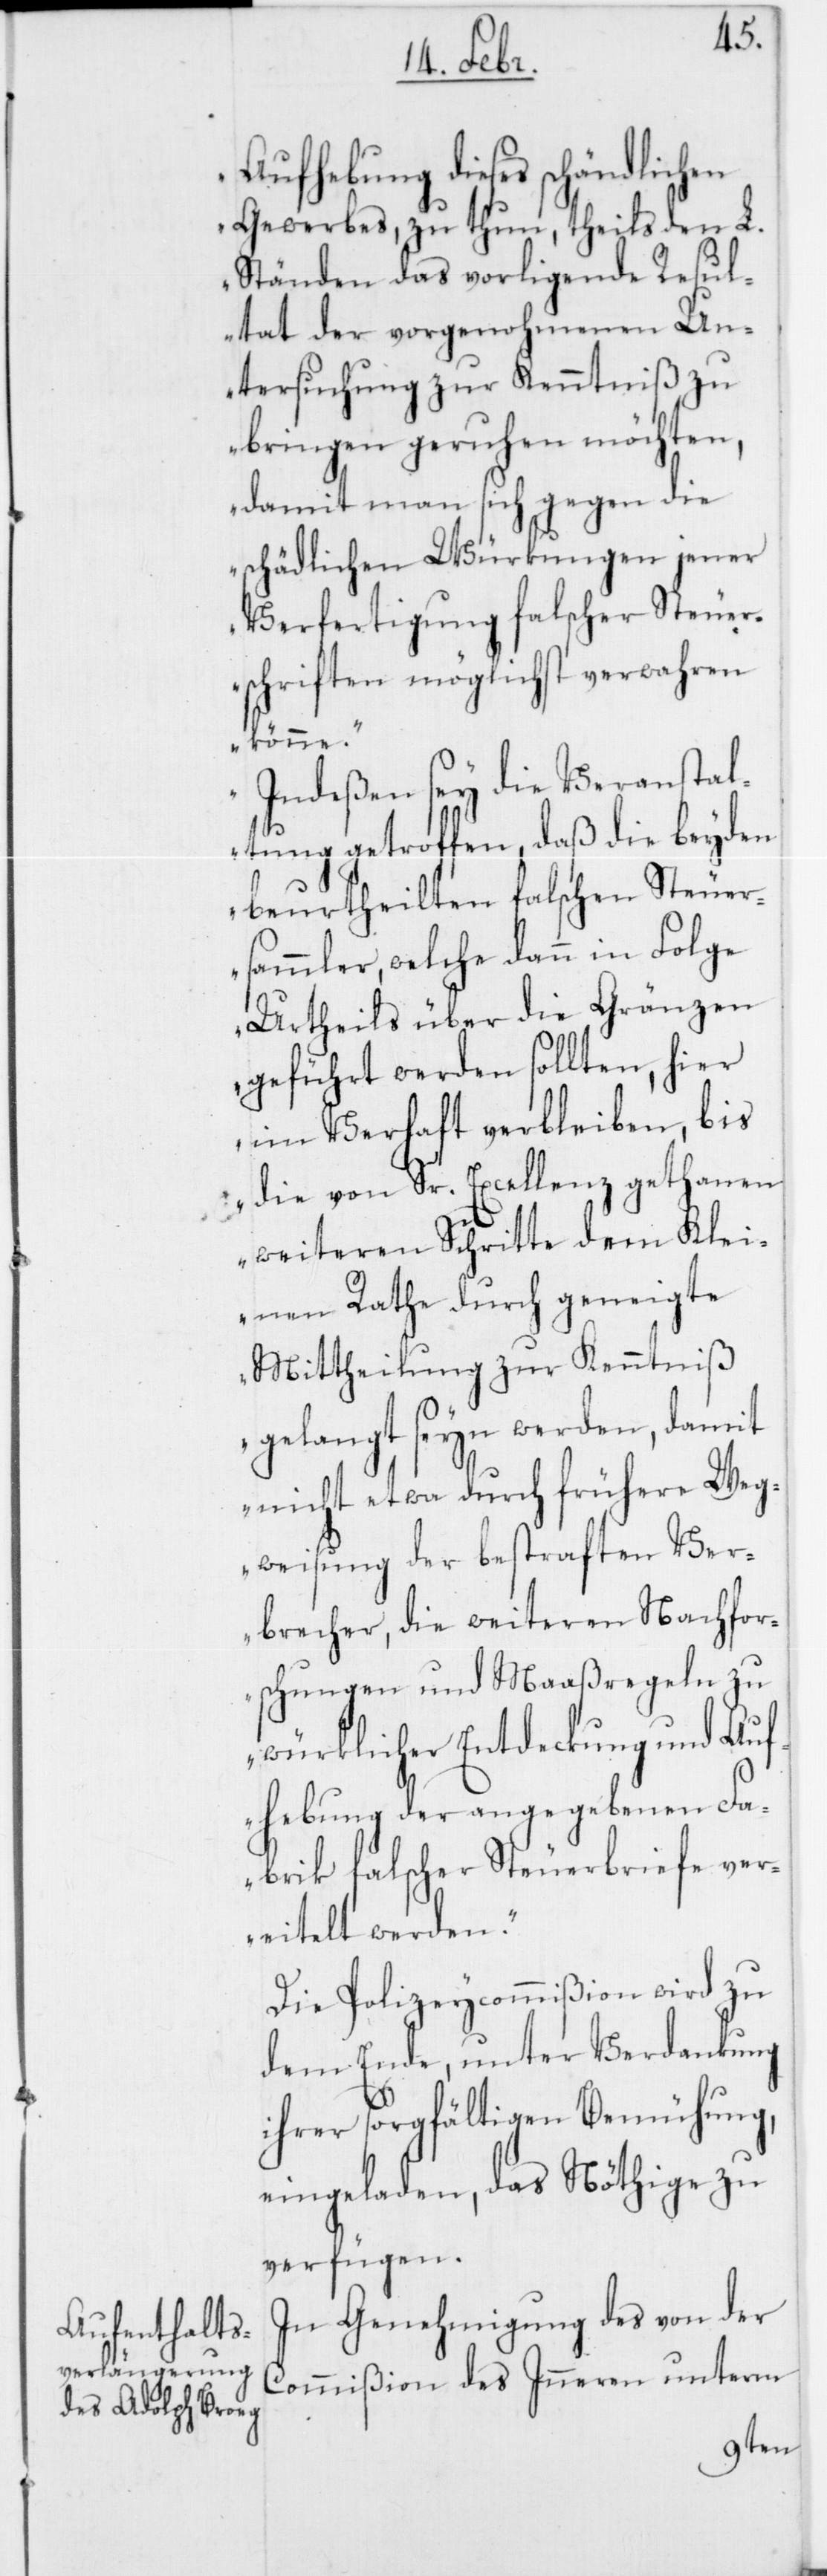
Vera¬
Aufhebung dieses schändlichen
Gewerbes, zu thun, theils den L.
Ständen das vorligende Resul¬
tat der vorgenohmenen Un¬
tersuchung zur Kenntniß zu
bringen geruhen möchten,
damit man sich gegen die
schädlichen Würkungen jener
Verfertigung falscher Steuer¬
schriften möglichst verwahren
könne.
nstal¬
Indeßen sey die
tung getroffen, daß die beyden
beurtheilten falschen Steuer¬
sammler, welche dann in Folge
Urtheils über die Gränzen
geführt werden sollten, hier
im Verhaft verbleiben, bis
thanen
die von Sr. Excellenz ge¬
weiteren Schritte dem Klei¬
nen Rathe durch geneigte
Mittheilung zur Kenntniß
gelangt seyn werden, damit
nicht etwa durch frühere Weg¬
weisung der bestraften Ver¬
achfor¬
brecher, die weiteren N¬
schungen und Maaßregeln zu
würklicher Entdeckung und Auf¬
hebung der angegebenen Fa¬
brik falscher Steuerbriefe ver¬
eitelt werden.“
Die Polizeicommißion wird zu
dem Ende, unter Verdankung
ihrer sorgfältigen Bemühung,
eingeladen, das Nöthige zu
verfügen.
In Genehmigung des von der
Commißion des Inneren unterm